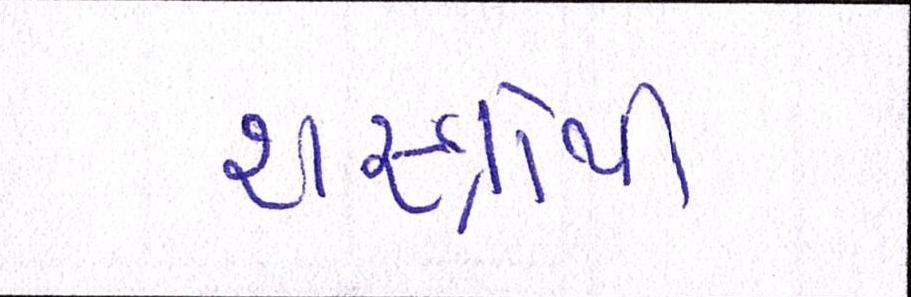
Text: શસ્ત્રોથી